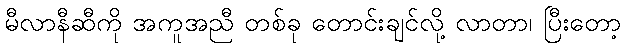
မီလာနီဆီကို အကူအညီ တစ်ခု တောင်းချင်လို့ လာတာ၊ ပြီးတော့